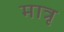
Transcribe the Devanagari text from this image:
मात्रृ